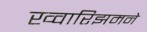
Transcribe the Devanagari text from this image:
ख्वारिझमने